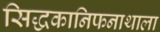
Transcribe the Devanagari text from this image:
सिद्धकानिफनाथाला